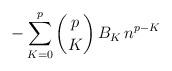
LaTeX: \begin{align*} - \sum_{K=0}^{p} \binom{p}{K} \, B_K \, n^{p-K}\end{align*}